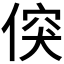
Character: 𠊲